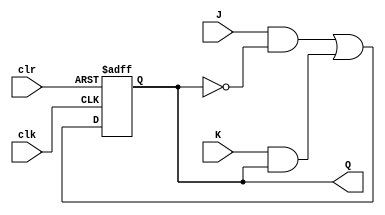
module JK_FF (
    input J,
    input K,
    input clk,
    input clr,
    output reg Q
);

reg D1, D2;

always @ (posedge clk or posedge clr)
begin
    if (clr) begin
        D1 <= 0;
        D2 <= 0;
    end
    else begin
        D1 <= (J & ~Q) | (K & Q);
        D2 <= (J & Q) | (K & ~Q);
    end
end

assign Q = D1;

endmodule